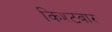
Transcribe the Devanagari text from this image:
किश्टवार